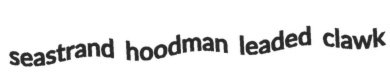
seastrand hoodman leaded clawk